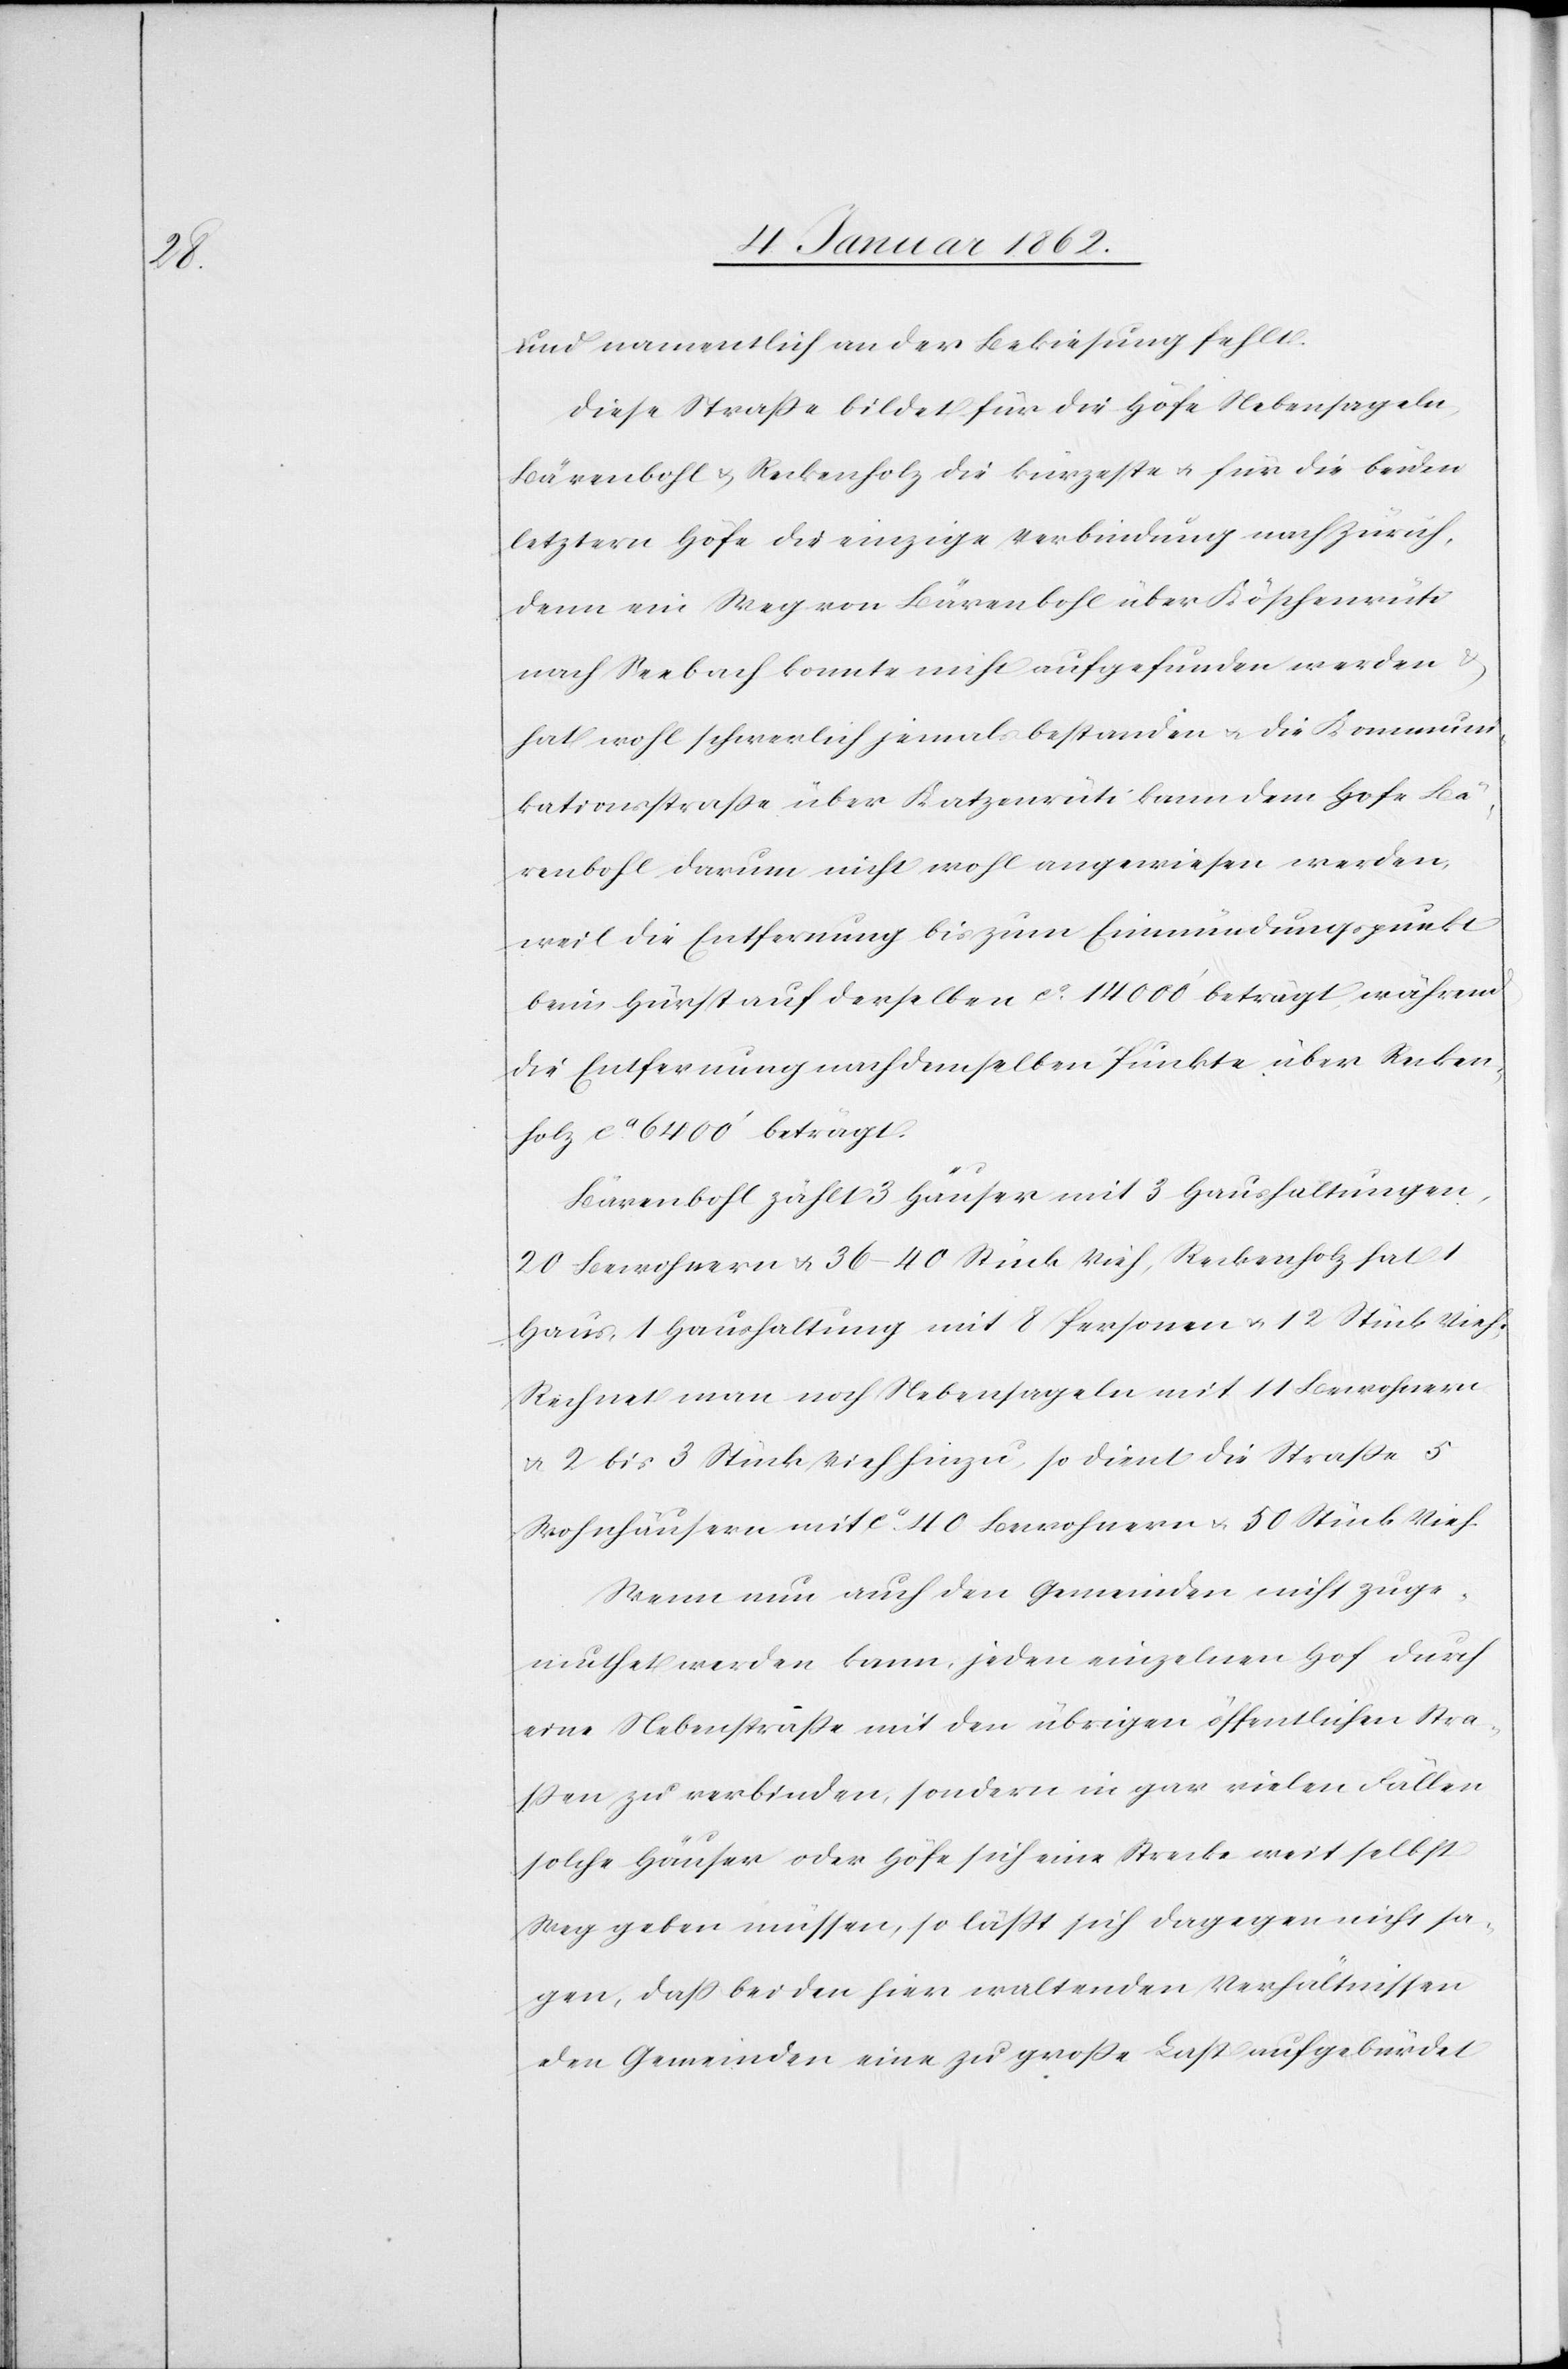
und namentlich an der Bekiesung fehlt.
Diese Straße bildet für die Höfe Nebensageln,
Bärenbohl u. Reckenholz die kürzeste u. für die beiden
letztern Höfe die einzige Verbindung nach Zürich,
denn ein Weg von Bärenbohl über Köschenrüti
nach Seebach konnte nicht aufgefunden werden
hat wohl schwerlich jemals bestanden u. die Kommun¬
ikationsstraße über Katzenrüti kann dem Hofe Bä¬
renbohl darum nicht wohl angewiesen werden,
weil die Entfernung bis zum Einmündungspunkt
beim Hürst auf derselben ca. 14 000‘ beträgt, während
die Entfernung nach demselben Punkte über Recken¬
holz ca. 6400‘ beträgt.
Bärenbohl zählt 3 Häuser mit 3 Haushaltungen,
20 Bewohnern u. 36–40 Stück Vieh, Reckenholz hat 1
Haus, 1 Haushaltung mit 8 Personen u. 12 Stück Vieh.
Rechnet man noch Nebensageln mit 11 Bewohnern
u. 2 bis 3 Stück Vieh hinzu, so dient die Straße 5
Wohnhäusern mit ca. 40 Bewohnern u. 50 Stück Vieh.
Wenn nun auch den Gemeinden nicht zuge¬
muthet werden kann, jeden einzelnen Hof durch
eine Nebenstraße mit den übrigen öffentlichen Stra¬
ßen zu verbinden, sondern in gar vielen Fällen
solche Häuser oder Höfe sich eine Strecke weit selbst
Weg geben müssen, so läßt sich dagegen nicht sa¬
gen, daß bei den hier waltenden Verhältnissen
den Gemeinden eine zu große Last aufgebürdet